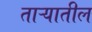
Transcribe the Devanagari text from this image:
ताऱ्यातील